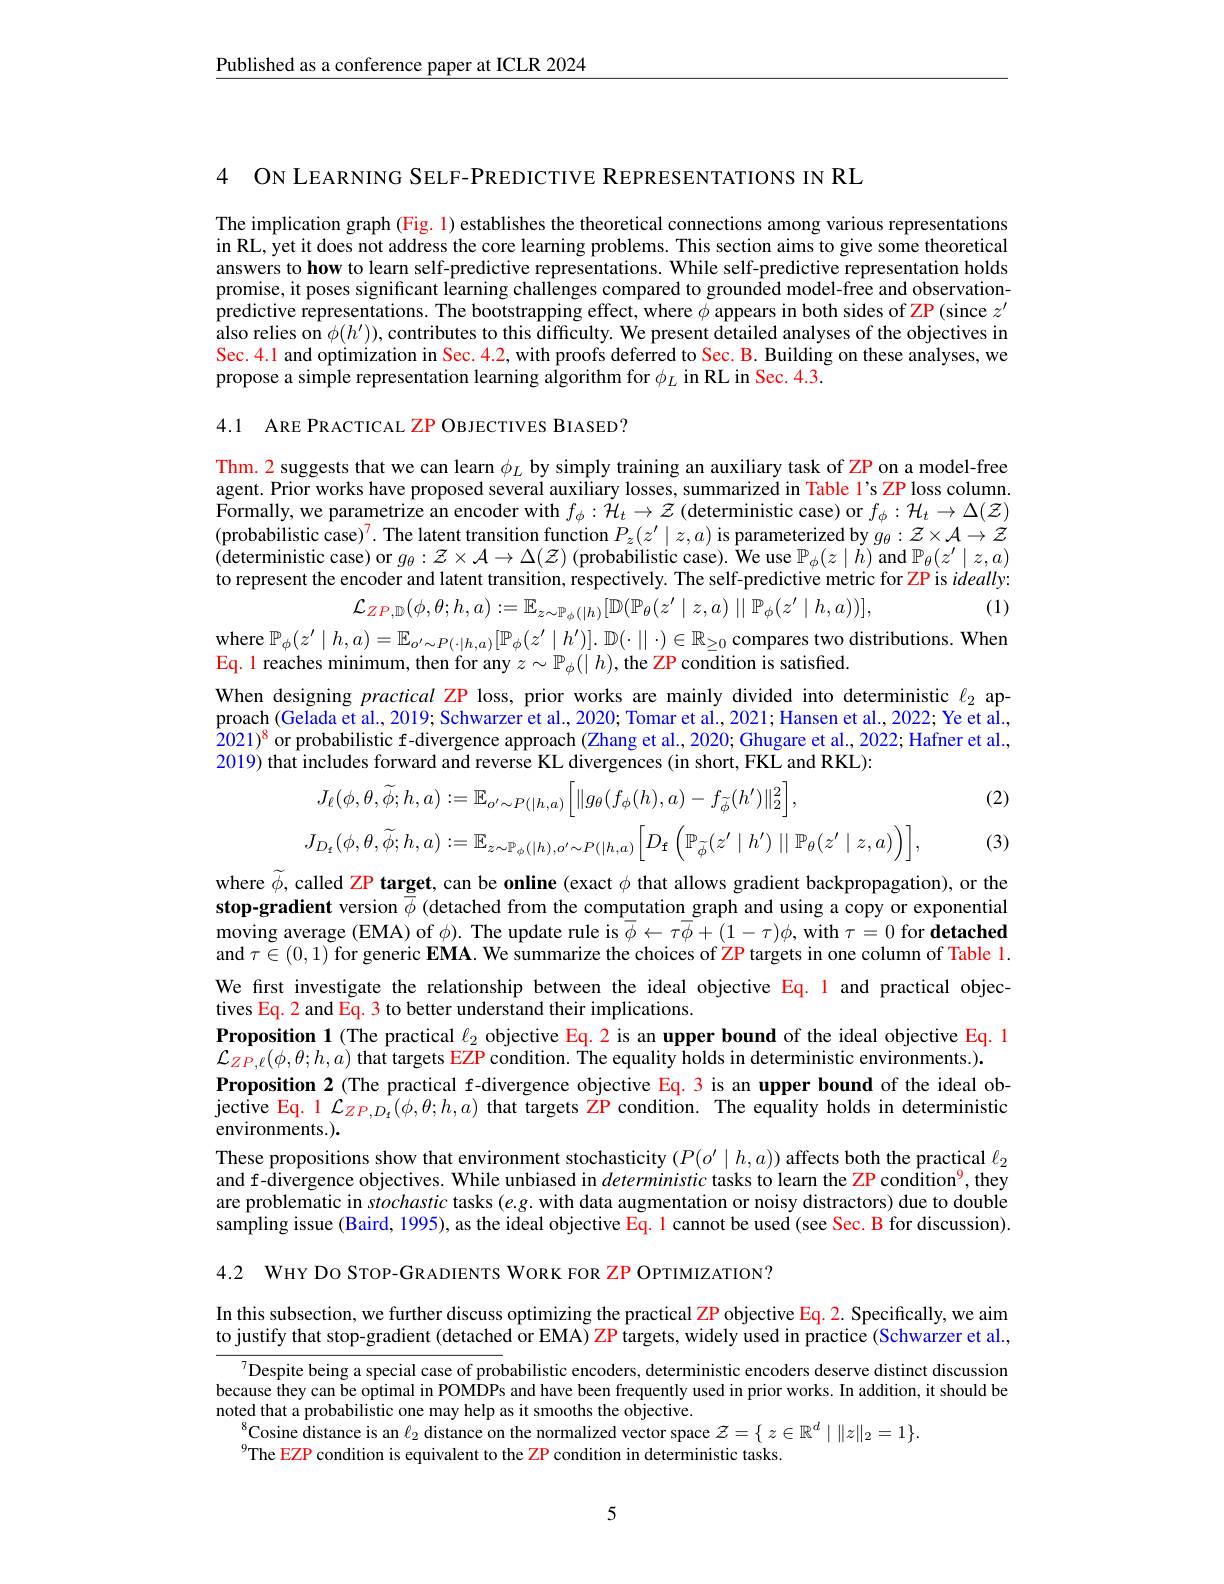
$\underline{\text{Published as a conference paper at ICLR 2024}}$

4 ON LEARNING SELF-PREDICTIVE REPRESENTATIONS IN RL

The implication graph (Fig. 1) establishes the theoretical connections among various representations in RL, yet it does not address the core learning problems. This section aims to give some theoretical answers to how to learn self-predictive representations. While self-predictive representation holds promise, it poses significant learning challenges compared to grounded model-free and observationpredictive representations. The bootstrapping effect, where $\phi$ appears in both sides of ZP(since $z^\prime$ also relies on $\hat{\phi } ( h^{\prime }) ) $,contributes to this difficulty. We present detailed analyses of the objectives in also relies on $\hat{\phi } ( h^{\prime }) ) $,contributes to this difficulty. We present detailed analyses of We present detailed analyses of the ob Sec. 4.1 and optimization in Sec. 4.2, with proofs deferred to Sec. B. Building on these analyses, we propose a simple representation learning algorithm for $\phi_L$ in RL in Sec. 4.3.

4.1 ARE PRACTICAL ZP OBJECTIVES BIASED?

Thm. 2 suggests that we can learn $\phi_L$ by simply training an auxiliary task of ZP on a model-free agent. Prior works have proposed several auxiliary losses, summarized in Table l's ZP loss column Formally, we parametrize an encoder with $f_\phi:\mathcal{H}_t\to\mathcal{Z}$ (deterministic case) or $f_\phi:\mathcal{H}_t\to\Delta(\mathcal{Z})$ $(\hat{\text{probabilistic case)}}^7.$ The latent transition function $P_z(z^\prime\mid z,a)$ is parameterized by $g_\theta:\mathcal{Z}\times\mathcal{A}\to\mathcal{Z}$ (deterministic case) or $g_\theta:\mathcal{Z}\times\mathcal{A}\to\Delta(\mathcal{Z})$ (probabilistic case). We use $\mathbb{P}_\phi(z\mid h)$ and $\mathbb{P}_\theta(z^\prime\mid z,a)$ to represent the encoder and latent transition, respectively. The self-predictive metric for ZP is $ideally:$

(1)

$\mathcal{L}_{ZP,\mathbb{D}}(\phi,\theta;h,a):=\mathbb{E}_{z\sim\mathbb{P}_\phi(|h)}[\mathbb{D}(\mathbb{P}_\theta(z^{\prime}\mid z,a)\mid\mid\mathbb{P}_\phi(z^{\prime}\mid h,a))]$,

Eq. 1 reaches minimum, then for any $z\sim\mathbb{P}_\phi(|h)$, the ZP condition is satisfied.
When designing practical ZP loss, prior works are mainly divided into deterministic $\ell_2$ approach (Gelada et al., 2019; Schwarzer et al., 2020; Tomar et al., 2021; Hansen et al., 2022; Ye et al., $2021)^8$ or probabilistic f-divergence approach (Zhang et al., 2020; Ghugare et al., 2022; Hafner et al., 2019) that includes forward and reverse KL divergences (in short, FKL and RKL):
$$\begin{aligned}&J_{\ell}(\phi,\theta,\widetilde{\phi};h,a):=\mathbb{E}_{o^{\prime}\sim P(|h,a)}\Big[\|g_{\theta}(f_{\phi}(h),a)-f_{\tilde{\phi}}(h^{\prime})\|_{2}^{2}\Big],\\&J_{D_{\mathrm{f}}}(\phi,\theta,\widetilde{\phi};h,a):=\mathbb{E}_{z\sim\mathbb{P}_{\phi}(|h),o^{\prime}\sim P(|h,a)}\Big[D_{\mathrm{f}}\left(\mathbb{P}_{\widetilde{\phi}}(z^{\prime}\mid h^{\prime})\mid|\mathbb{P}_{\theta}(z^{\prime}\mid z,a)\right)\Big],\end{aligned}$$
(2)

(3)

where $\widetilde{\phi}$, called ZP target, can be online (exact $\phi$ that allows gradient backpropagation), or the stop-gradient version $\overline{\bar{\phi}}$ (detached from the computation graph and using a copy or exponential moving average (EMA) of $\phi).$ The update rule is $\bar{\phi}\leftarrow\tau\bar{\phi}+(1-\tau)\phi$, with $\tau=0$ for detached and $\tau\in(0,1)$ for generic EMA. We summarize the choices of ZP targets in one column of Table 1. We first investigate the relationship between the ideal objective Eq.1 and practical objectives Eq. 2 and Eq. 3 to better understand their implications.
Proposition 1 (The practical $\ell_2$ objective Eq. 2 is an upper bound of the ideal objective Eq. 1
$\mathcal{L}_{ZP,\ell}(\phi,\theta;h,a)$ that targets EZP condition. The equality holds in deterministic environments.).
Proposition 2 (The practical f-divergence objective Eq.3 is an upper bound of the ideal ob- $\bar{\text{jective Eq. }1}\mathcal{L}_{ZP,D_{t}}(\phi,\theta;h,a)$ that targets ZP condition. The equality holds in deterministic environments.).
These propositions show that environment stochasticity $(P(o^{\prime}\mid h,a))$ affects both the practical $\ell_2$ and f-divergence objectives. While unbiased in deterministic tasks to learn the ZP condition$^{9}$, they are problematic in stochastic tasks $(e.g.$ with data augmentation or noisy distractors) due to double sampling issue (Baird, 1995), as the ideal objective Eq. 1 cannot be used (see Sec. B for discussion).

4.2 WHY DO STOP-GRADIENTS WORK FOR ZP OPTIMIZATION?

In this subsection, we further discuss optimizing the practical ZP objective Eq. 2. Specifically, we aim to justify that stop-gradient (detached or EMA) ZP targets, widely used in practice (Schwarzer et al.,

Despite being a special case of probabilistic encoders, deterministic encoders deserve distinct discussion because they can be optimal in POMDPs and have beeen frequently used in prior works. In addition, it should be
noted that a probabilistic one may help as it smooths the objective.
$^{8}$Cosine distance is an $\ell_2$ distance on the normalized vector space $\mathcal{Z} = \{$ $z\in \mathbb{R} ^d\mid \| z\| _2= 1\} .$
9The EZP condition is equivalent to the ZP condition in deterministic tasks

5